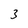
Character: 3